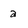
Character: 2